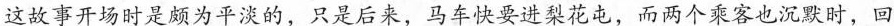
这故事开场时是颇为平淡的，只是后来，马车快要进梨花屯，而两个乘客也沉默时，回